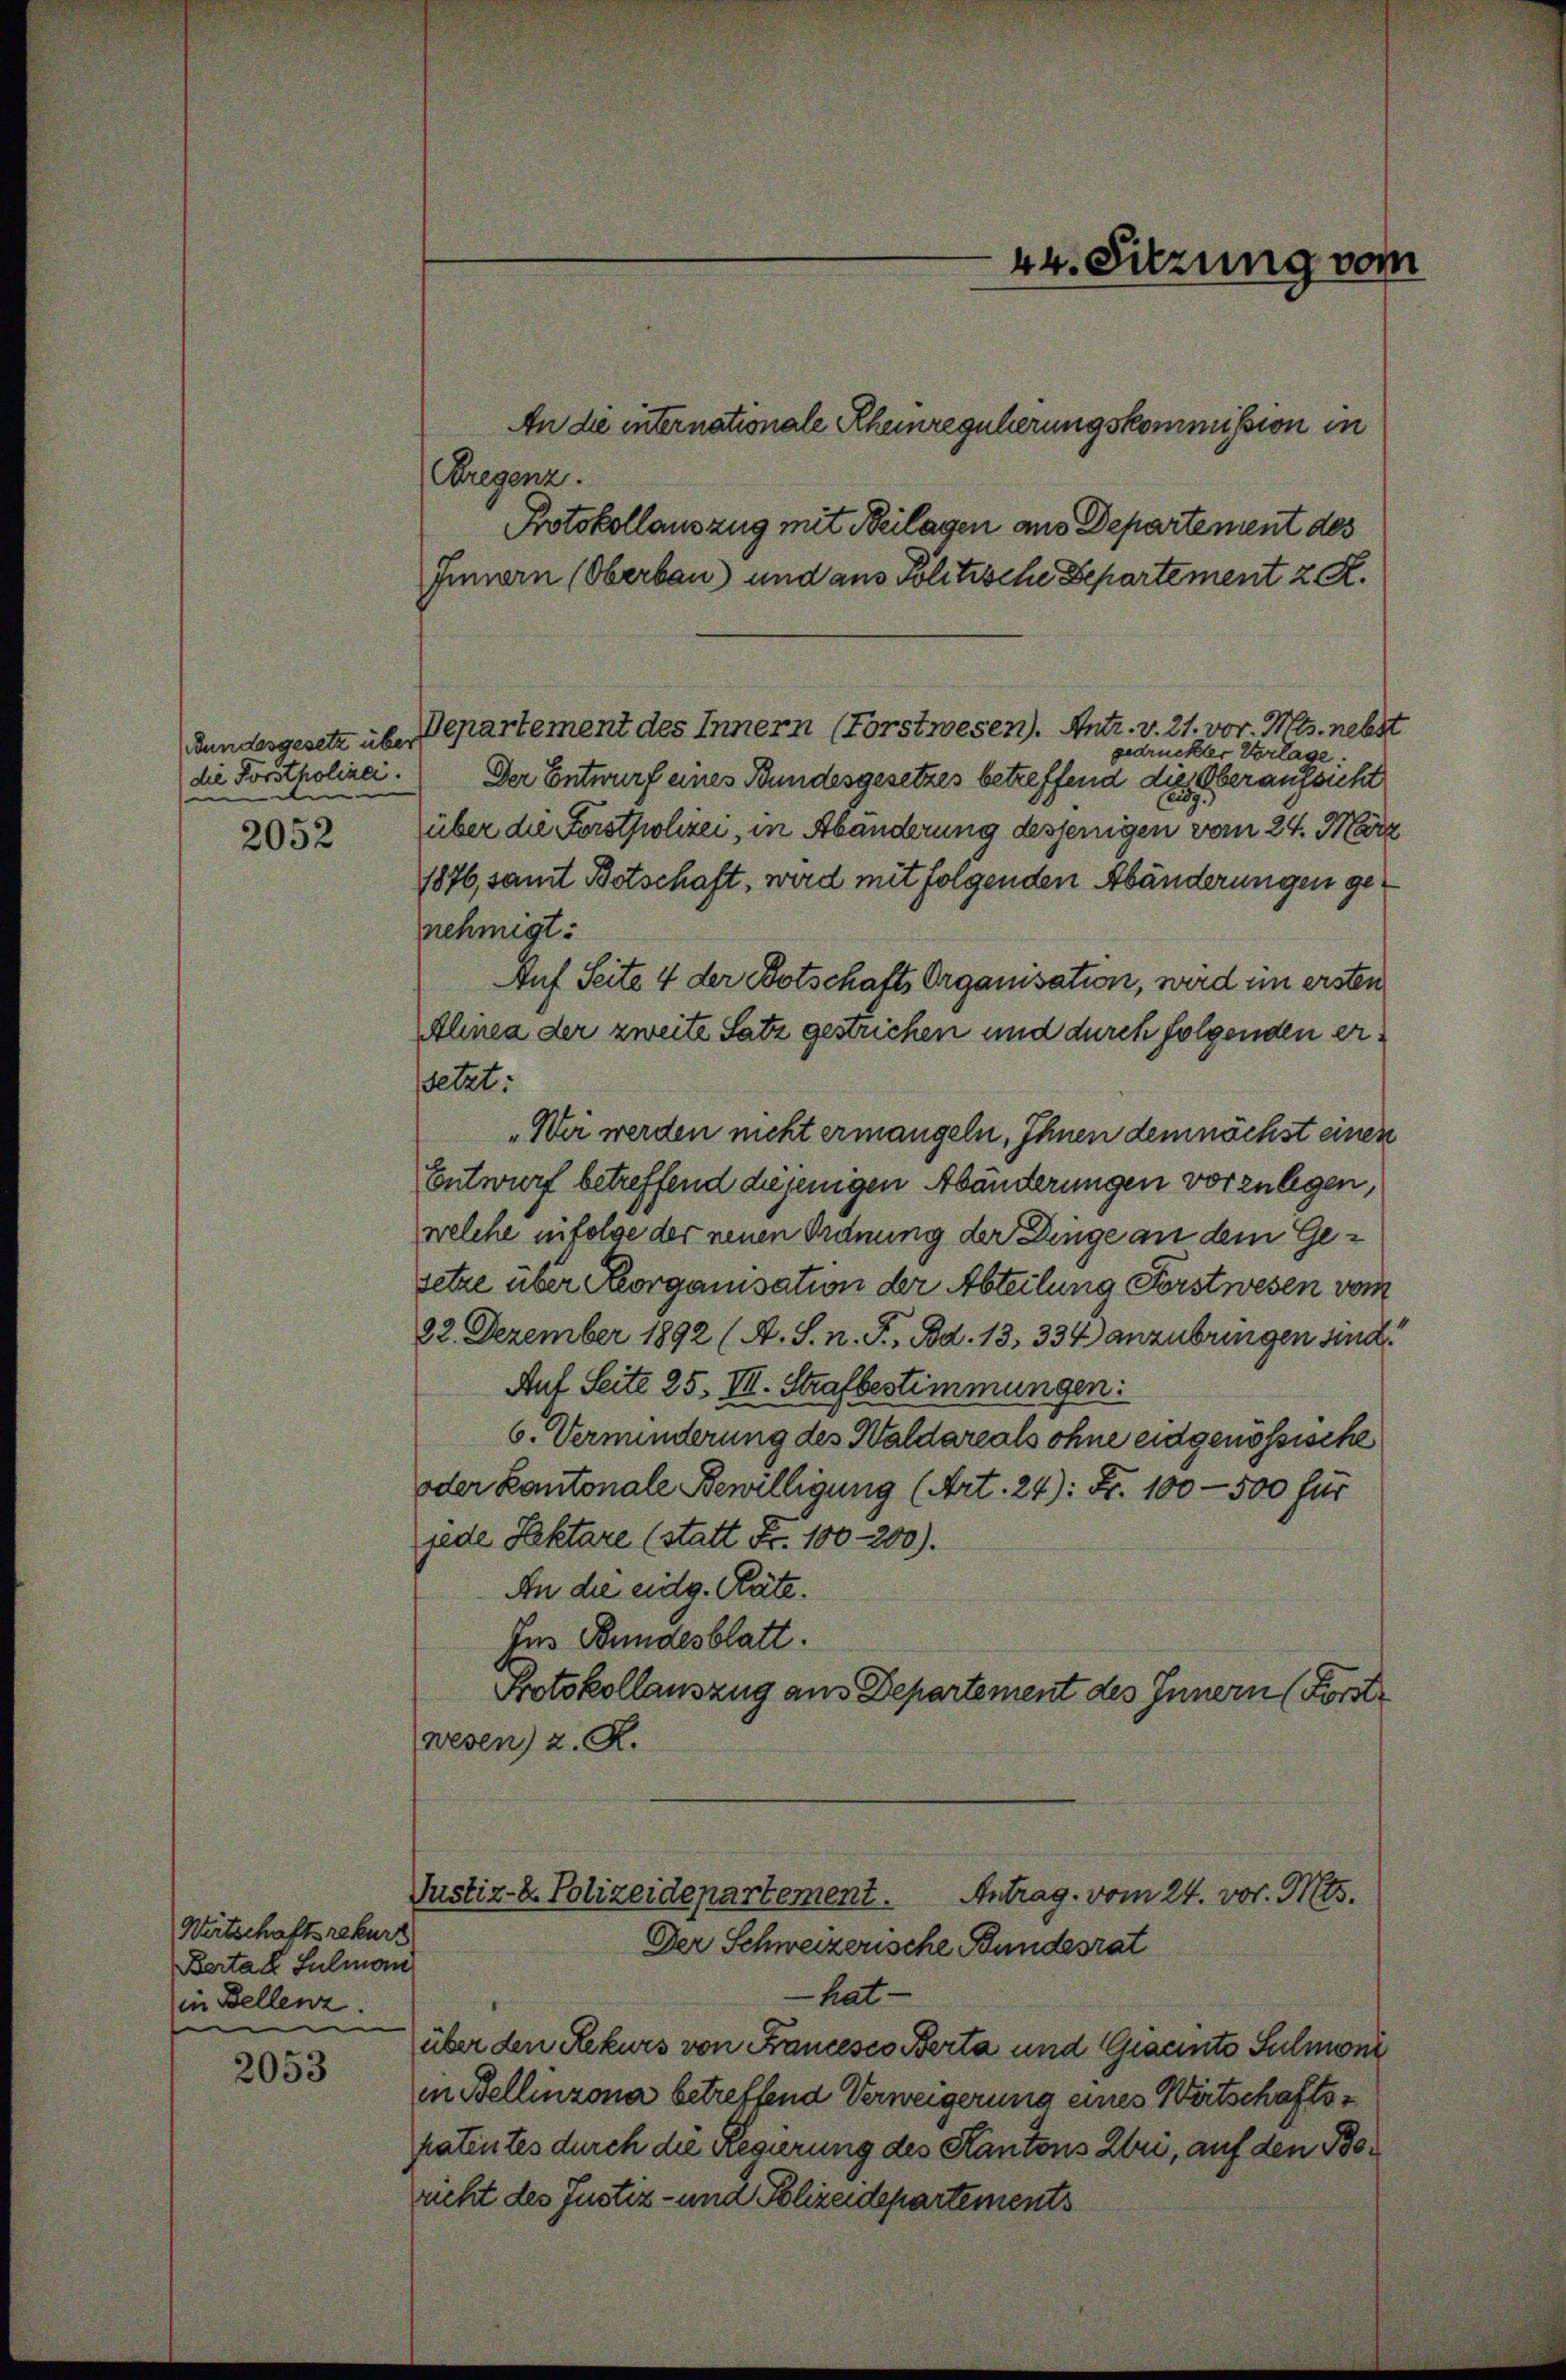
(Bundesgesetz über
die Forstholizei.
d
en

2052

Wirtschaftsrekurs
Bertal Sulman
in Bellenz.

2053

An die internationale Rheinregulierungskommission in
Bregenz.
Protokollauszug mit Beilagen aus Departement des
Iinnern (Oberbau) und aus Politische Departement z. R.
Departement des Innern (Forstwesen). Antr. v. 21. vor. Mts. nebst
gedruckter Vorlage:
Der Entwurf eines Bundesgesetzes betreffend dies Oberaufsicht
Cadg.)
über die Forstpolizei, in Abänderung desjenigen vom 24. März
1876, samt Botschaft, wird mit folgenden Abänderungen genehmigt:
Auf Seite 4 der Botschafts Organisation, wird im ersten
Alinea der zweite Satz gestrichen und durch folgenden ersetzt:
„Wer werden nicht ermangeln, Ihnen demnächst einen
Entwurf betreffend diejenigen Abänderungen vorzulegen,
welche infolge der neuen Ordnung der Dinge an dem Gesetze über Reorganisation der Abteilung Forstwesen vom
22. Dezember 1892 (A. S. n. F. Bd. 13, 334) anzubringen sind.
Auf Seite 25. VII. Strafbestimmungen:
6. Verminderung des Waldareals ohne eidgenössische
oder Kantonale Bewilligung (Art. 24): Fr. 100 - 500 für
jede Rektare (statt Fr. 100-200).
An die eidg. Räte.
Ius Bundesblatt.
Protokollauszug aus Departement des Innern (Forste
wesen) z. R.
Justiz- & Polizeidepartement.
Antrag vom 24. vor. Mts.
Der Schweizerische Bundesrat
hat-
über den Rekurs von Franceses Berta und Giacento Sulmoni
in Bellinzona betreffend Verweigerung eines Wirtschaftspatentes durch die Regierung des Kantons Zbu, auf den Bereht des Justiz- und Polizeidepartements

44. Sitzung vom